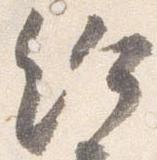
給